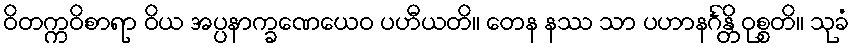
ဝိတက္ကဝိစာရာ ဝိယ အပ္ပနာက္ခဏေယေဝ ပဟီယတိ။ တေန နဿ သာ ပဟာနင်္ဂန္တိ ဝုစ္စတိ။ သုခံ